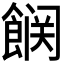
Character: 𮩆